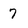
Character: 7